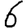
Digit: 6